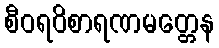
စီဝရဝိစာရဏမတ္တေန